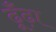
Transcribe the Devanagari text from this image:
ढूँंढ़ा